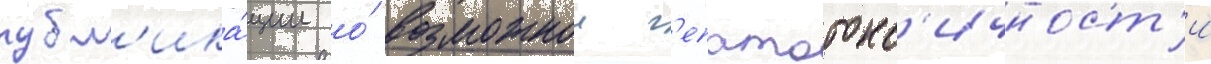
публ'ика́ции о́ возможнои г'епатотокс'ичност'и